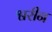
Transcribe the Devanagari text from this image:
श्वरीन